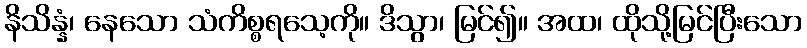
နိသိန္နံ၊ နေသော သံကိစ္စရသေ့ကို။ ဒိသွာ၊ မြင်၍။ အထ၊ ထိုသို့မြင်ပြီးသော